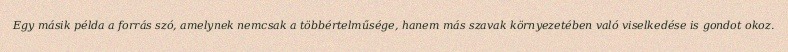
Egy másik példa a forrás szó, amelynek nemcsak a többértelműsége, hanem más szavak környezetében való viselkedése is gondot okoz.